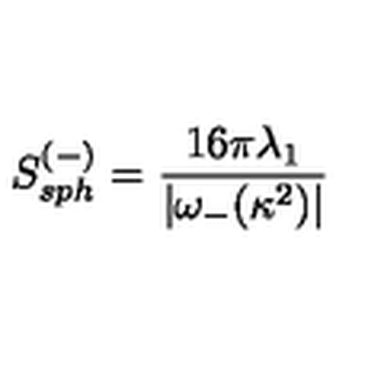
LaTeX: S _ { s p h } ^ { ( - ) } = \frac { 1 6 \pi \lambda _ { 1 } } { | \omega _ { - } ( \kappa ^ { 2 } ) | }